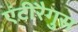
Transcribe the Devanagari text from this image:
एंटीरैगुस